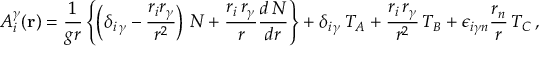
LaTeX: { { A } _ { i } ^ { \gamma } } ( { \bf { r } } ) = \frac { 1 } { g r } \left\{ \left( { \delta } _ { { i } \, { \gamma } } - \frac { r _ { i } r _ { \gamma } } { r ^ { 2 } } \right) \, { \cal N } + \frac { r _ { i } \, r _ { \gamma } } { r } \frac { d \, { \cal N } } { d r } \right\} + { \delta } _ { { i } \, { \gamma } } \, { \cal T } _ { A } + \frac { r _ { i } \, r _ { \gamma } } { r ^ { 2 } } \, { \cal T } _ { B } + { \epsilon } _ { i { \gamma } n } \frac { r _ { n } } { r } \, { \cal T } _ { C } \, ,